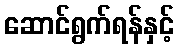
ဆောင်ရွက်ရန်နှင့်